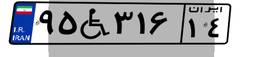
۹۵W۳۱۶۱۴